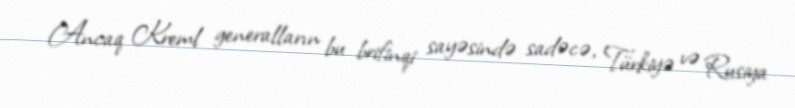
Ancaq Kreml generalların bu brifinqi sayəsində sadəcə, Türkiyə və Rusiya